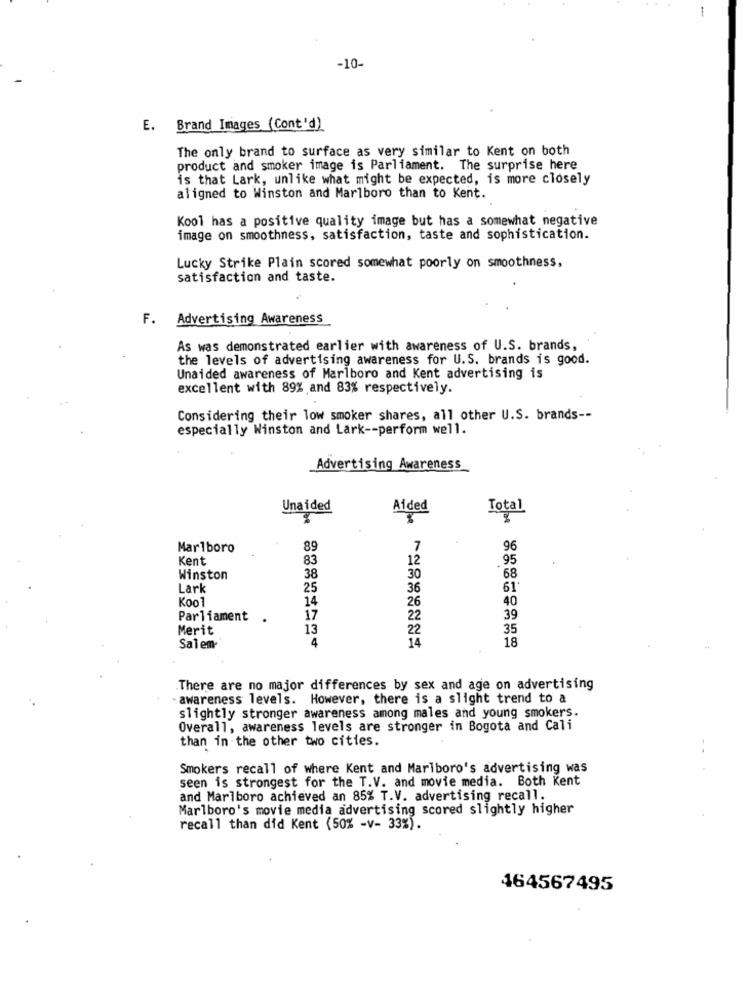
1
-10-
E. Brand Images (Cont'd)
The only brand to surface as very similar to Kent on both
product and smoker image is Parliament. The surprise here
is that Lark, unlike what might be expected, is more closely
aligned to Winston and Marlboro than to Kent.
Kool has a positive quality image but has a somewhat negative
image on smoothness, satisfaction, taste and sophistication.
Lucky Strike Plain scored somewhat poorly on smoothness,
satisfaction and taste.
F.
Advertising Awareness
As was demonstrated earlier with awareness of U.S. brands,
the levels of advertising awareness for U.S. brands is good.
Unaided awareness of Marlboro and Kent advertising is
excellent with 89% and 83% respectively.
Considering their low smoker shares, all other U.S. brands --
especially Winston and Lark -- perform well.
Advertising Awareness
Unaided
Aided
Total
Marlboro
89
7
96
Kent
12
.95
83
Winston
38
30
68
Lark
25
36
61.
Koo1
14
40
26
Parliament .
17
22
39
Merit
13
22
35
4
14
18
Salem-
There are no major differences by sex and age on advertising
awareness levels. However, there is a slight trend to a
slightly stronger awareness among males and young smokers.
Overall, awareness levels are stronger in Bogota and Cali
than in the other two cities.
Smokers recall of where Kent and Marlboro's advertising was
seen is strongest for the T.V. and movie media. Both Kent
and Marlboro achieved an 85% T.V. advertising recall.
Marlboro's movie media advertising scored slightly higher
recall than did Kent (50% -v- 33%).
464567495